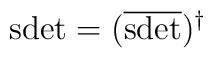
\mbox{sdet}=(\overline{\mbox{sdet}})^{\dagger}